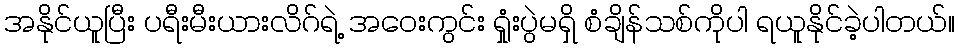
အနိုင်ယူပြီး ပရီးမီးယားလိဂ်ရဲ့ အဝေးကွင်း ရှုံးပွဲမရှိ စံချိန်သစ်ကိုပါ ရယူနိုင်ခဲ့ပါတယ်။